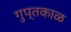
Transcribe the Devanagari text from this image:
गुप्तकाळ